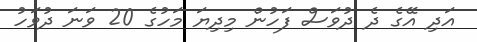
އަދި އޭގެ ދެ ދުވަސް ފަހުން މިދިޔަ މަހުގެ 20 ވަނަ ދުވަހު